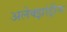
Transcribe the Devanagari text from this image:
अलेक्झांड्रीना